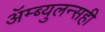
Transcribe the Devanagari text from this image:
ॲम्ब्युलन्सही